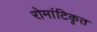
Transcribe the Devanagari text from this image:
रोमांटिकृत